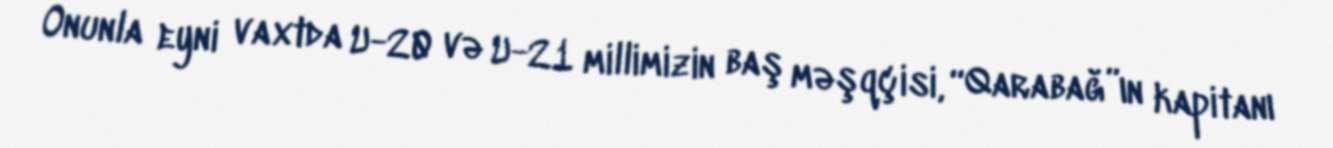
Onunla eyni vaxtda U-20 və U-21 millimizin baş məşqçisi, “Qarabağ”ın kapitanı